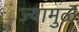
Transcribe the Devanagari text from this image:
ज्यामुळॆ